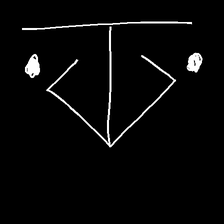
Glyph: earth